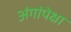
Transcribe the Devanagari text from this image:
अंगांपेक्षा